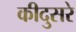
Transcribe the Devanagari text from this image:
कीदुसरे